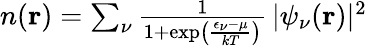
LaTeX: \begin{array}{r}{n(\mathbf{r})=\sum_{\nu}\frac{1}{1+\exp\left(\frac{\epsilon_{\nu}-\mu}{kT}\right)}\, |\psi_{\nu}(\mathbf{r})|^{2}}\end{array}